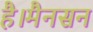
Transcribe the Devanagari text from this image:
है।मैनसन